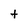
Character: t